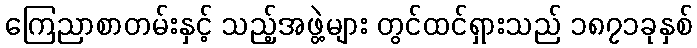
ကြေညာစာတမ်းနှင့် သည့်အဖွဲ့များ တွင်ထင်ရှားသည် ၁၈၇၁ခုနှစ်